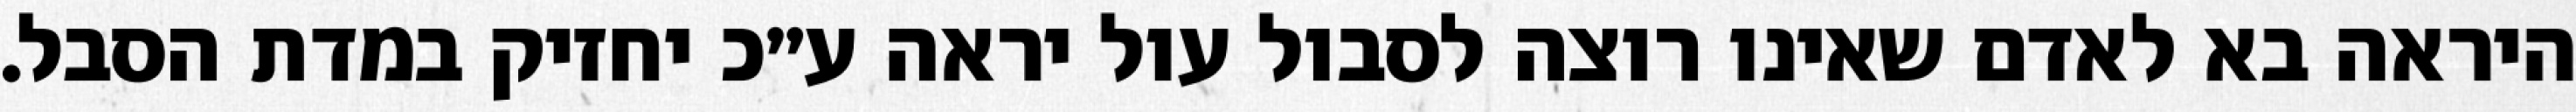
היראה בא לאדם שאינו רוצה לסבול עול יראה ע״כ יחזיק במדת הסבל.